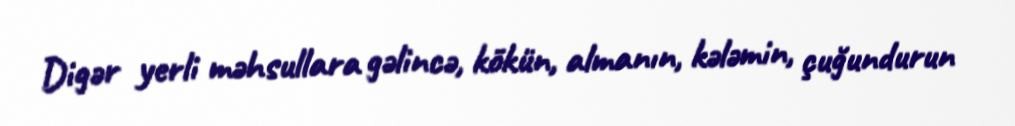
Digər yerli məhsullara gəlincə, kökün, almanın, kələmin, çuğundurun